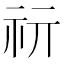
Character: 𥘕